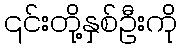
၎င်းတို့နှစ်ဦးကို